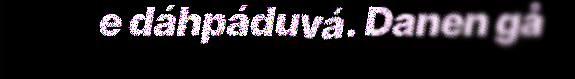
e dáhpáduvá. Danen gå